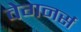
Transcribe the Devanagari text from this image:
वेगनर्स